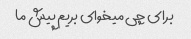
برای چی میخوای بریم پیش ما